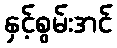
နှင့်စွမ်းအင်